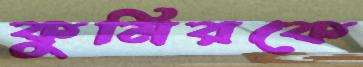
কুমিরকে